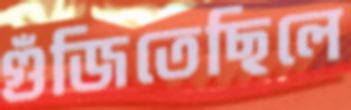
গুঁজিতেছিলে